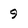
Character: 9